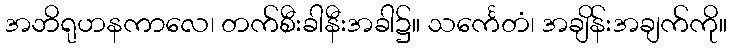
အဘိရုဟနကာလေ၊ တက်စီးခါနီးအခါ၌။ သင်္ကေတံ၊ အချိန်းအချက်ကို။